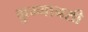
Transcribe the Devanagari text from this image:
कुम्भानसी